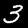
Label: 3